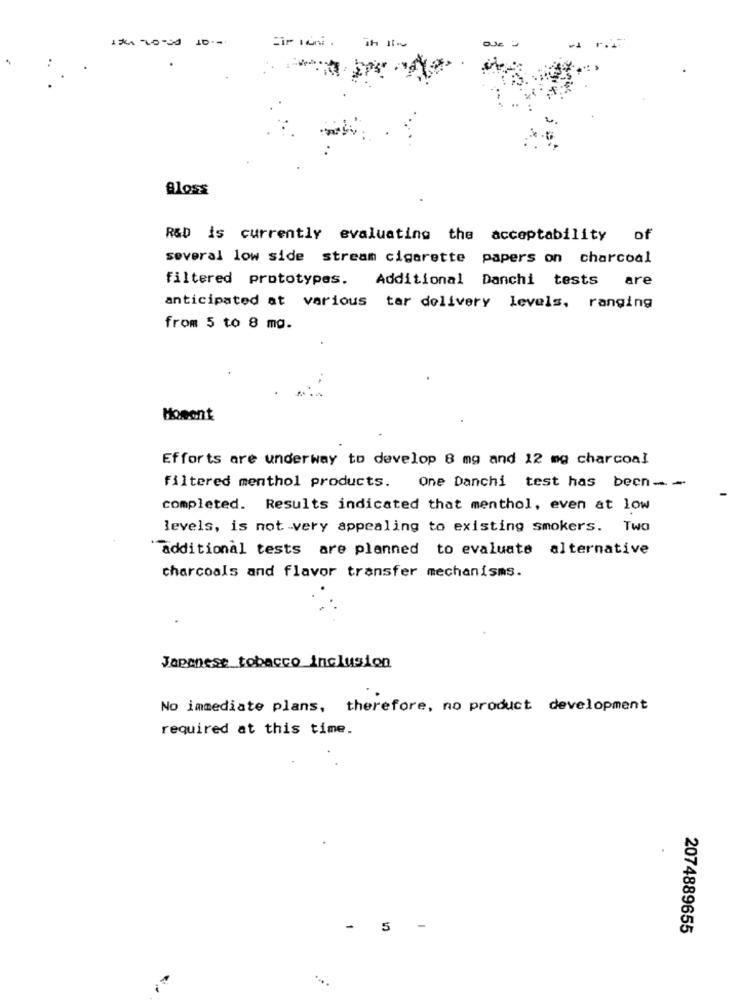
194 20-30 100
Eir ini .
-1
Bloss
R&D is currently evaluating the acceptability of
several low side stream cigarette papers on charcoal
filtered prototypes. Additional Danchi tests are
anticipated at various tar delivery levels, ranging
from 5 to 8 mg.
Howont
Efforts are underway to develop 8 mg and 12 mg charcoal
filtered menthol products. One Danchi test has been- -
completed. Results indicated that menthol, even at low
levels, is not very appealing to existing smokers. Two
additional tests are planned to evaluate alternative
charcoals and flavor transfer mechanisms.
Japanese tobacco_inclusion
No immediate plans, therefore, no product development
required at this time.
- 5
-
2074889655